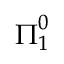
{ \boldsymbol { \Pi } } _ { 1 } ^ { 0 }